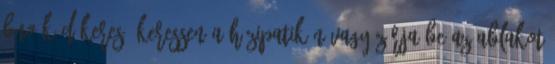
BNO-kód-kereső Keressen a házipatikán vagy zárja be az ablakot